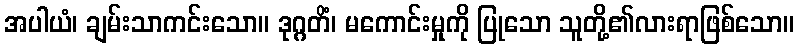
အပါယံ၊ ချမ်းသာကင်းသော။ ဒုဂ္ဂတိံ၊ မကောင်းမှုကို ပြုသော သူတို့၏လားရာဖြစ်သော။